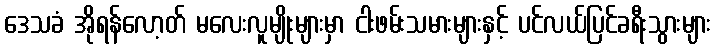
ဒေသခံ အိုရန်လော့တ် မလေးလူမျိုးများမှာ ငါးဖမ်းသမားများနှင့် ပင်လယ်ပြင်ခရီးသွားများ